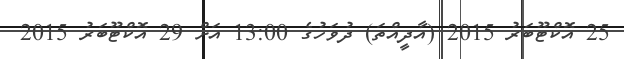
25 އޮކްޓޫބަރު 2015 (އާދީއްތަ) ދުވަހުގެ 13:00 އަށް 29 އޮކްޓޫބަރު 2015